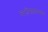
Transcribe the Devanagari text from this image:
व्यक्तीस्वातंत्र्याच्या